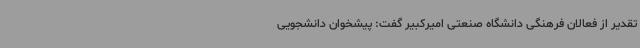
تقدیر از فعالان فرهنگی دانشگاه صنعتی امیرکبیر گفت: پیشخوان دانشجویی